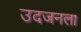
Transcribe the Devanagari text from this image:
उदजनला